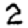
Digit: 2